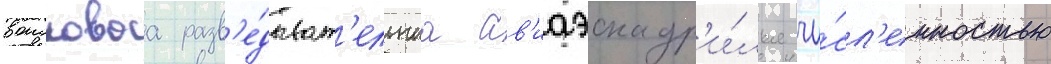
воисковаа разв'е́дыват'ельнаа ав'иаэскадр'и́лья чи́сл'енностью